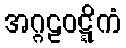
အဂ္ဂဠဝဋ္ဋိကံ